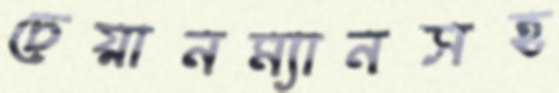
চেয়ানম্যানসহ